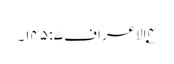
۴؂الاعراف ۷: ۱۴۵۔